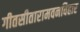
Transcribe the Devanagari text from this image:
गीतसीतारामवनविहार